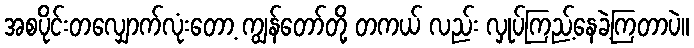
အစပိုင်းတလျှောက်လုံးတော့ ကျွန်တော်တို့ တကယ် လည်း လှုပ်ကြည့်နေခဲ့ကြတာပဲ။